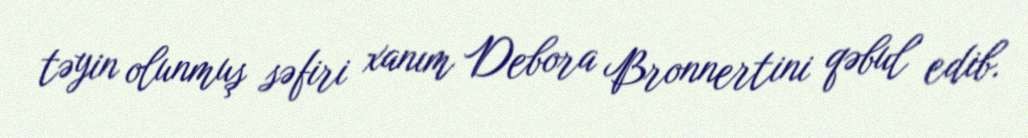
təyin olunmuş səfiri xanım Debora Bronnertini qəbul edib.